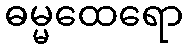
ဓမ္မထေရော